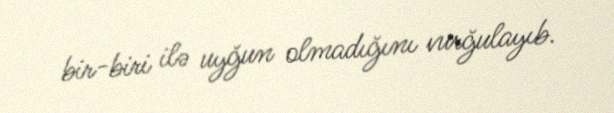
bir-biri ilə uyğun olmadığını vurğulayıb.